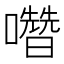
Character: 𡄋